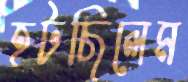
হটছিলেম